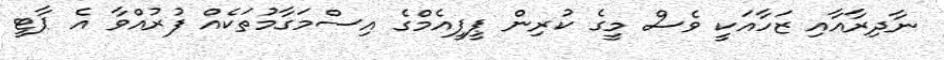
ނާދިރާއާއި ޒަހާއަކީ ވެސް މީގެ ކުރިން ޕީޕީއެމްގެ އިސްމަގާމުތަކެއް ފުރުއްވާ އެ ޕާޓީ